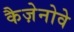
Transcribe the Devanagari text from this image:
कैज़ेनोवे